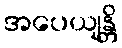
အပေယျန္တိ